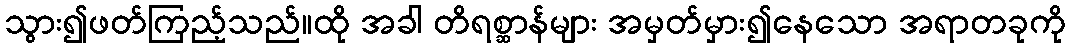
သွား၍ဖတ်ကြည့်သည်။ထို အခါ တိရစ္ဆာန်များ အမှတ်မှား၍နေသော အရာတခုကို